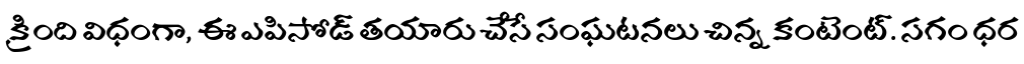
క్రింది విధంగా, ఈ ఎపిసోడ్ తయారు చేసే సంఘటనలు చిన్న కంటెంట్. సగం ధర